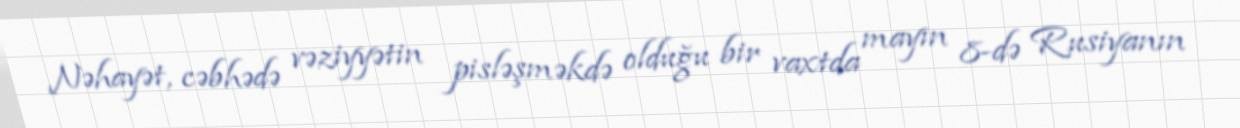
Nəhayət, cəbhədə vəziyyətin pisləşməkdə olduğu bir vaxtda mayın 8-də Rusiyanın